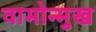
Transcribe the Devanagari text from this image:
वामोन्मुख